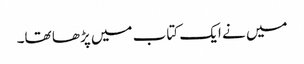
میں نے ایک کتاب میں پڑھا تھا۔